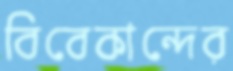
বিবেকান্দের